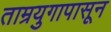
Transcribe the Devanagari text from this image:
ताम्रयुगापासून